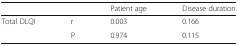
|  |  | Patient age | Disease duration |
 | --- | --- | --- | --- |
 | <ROWSPAN=2> Total DLQI | r | 0.003 | 0.166 |
 | P | 0.974 | 0.115 |